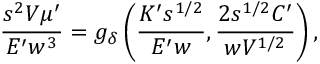
\frac { s ^ { 2 } V \mu ^ { \prime } } { E ^ { \prime } w ^ { 3 } } = g _ { \delta } \left( \frac { K ^ { \prime } s ^ { 1 / 2 } } { E ^ { \prime } w } , \frac { 2 s ^ { 1 / 2 } C ^ { \prime } } { w V ^ { 1 / 2 } } \right) ,